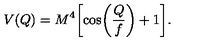
V ( Q ) = M ^ { 4 } \biggl [ \cos \biggl ( \frac { Q } { f } \biggr ) + 1 \biggr ] .